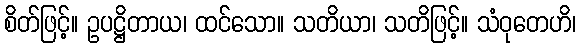
စိတ်ဖြင့်။ ဥပဋ္ဌိတာယ၊ ထင်သော။ သတိယာ၊ သတိဖြင့်။ သံဝုတေဟိ၊